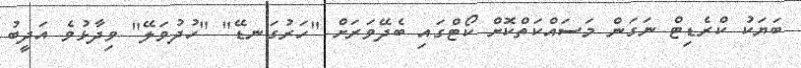
ބަޔަކު ކްރެޑިޓް ނަގަން މަސައްކަތްކޮށް ކޯޓްގައި ބެދޭވަރަށް "ހަރުގަނޑޭ" "ހުދުވަލޭ" ވިދާޅުވެ އަދީބު